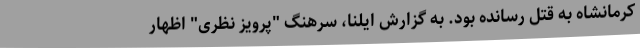
کرمانشاه به قتل رسانده بود. به گزارش ایلنا، سرهنگ "پرویز نظری" اظهار